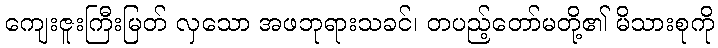
ကျေးဇူးကြီးမြတ် လှသော အဖဘုရားသခင်၊ တပည့်တော်မတို့၏ မိသားစုကို